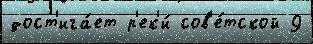
дост'ига́ет р'ек'и́ сов'е́тской 9